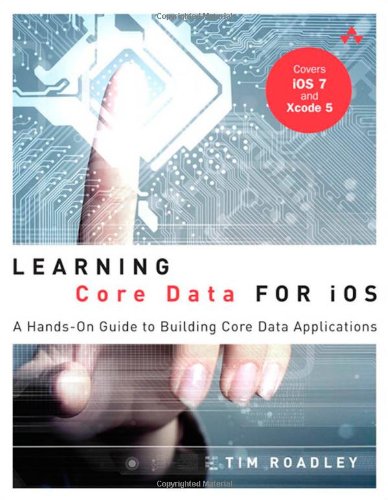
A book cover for Learning Core Data for iOS: A Hands-On Guide to Building Core Data Applications; Tim Roadley; Computers & Technology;